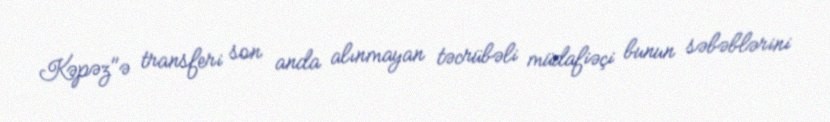
Kəpəz"ə transferi son anda alınmayan təcrübəli müdafiəçi bunun səbəblərini